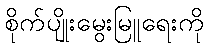
စိုက်ပျိုးမွေးမြူရေးကို